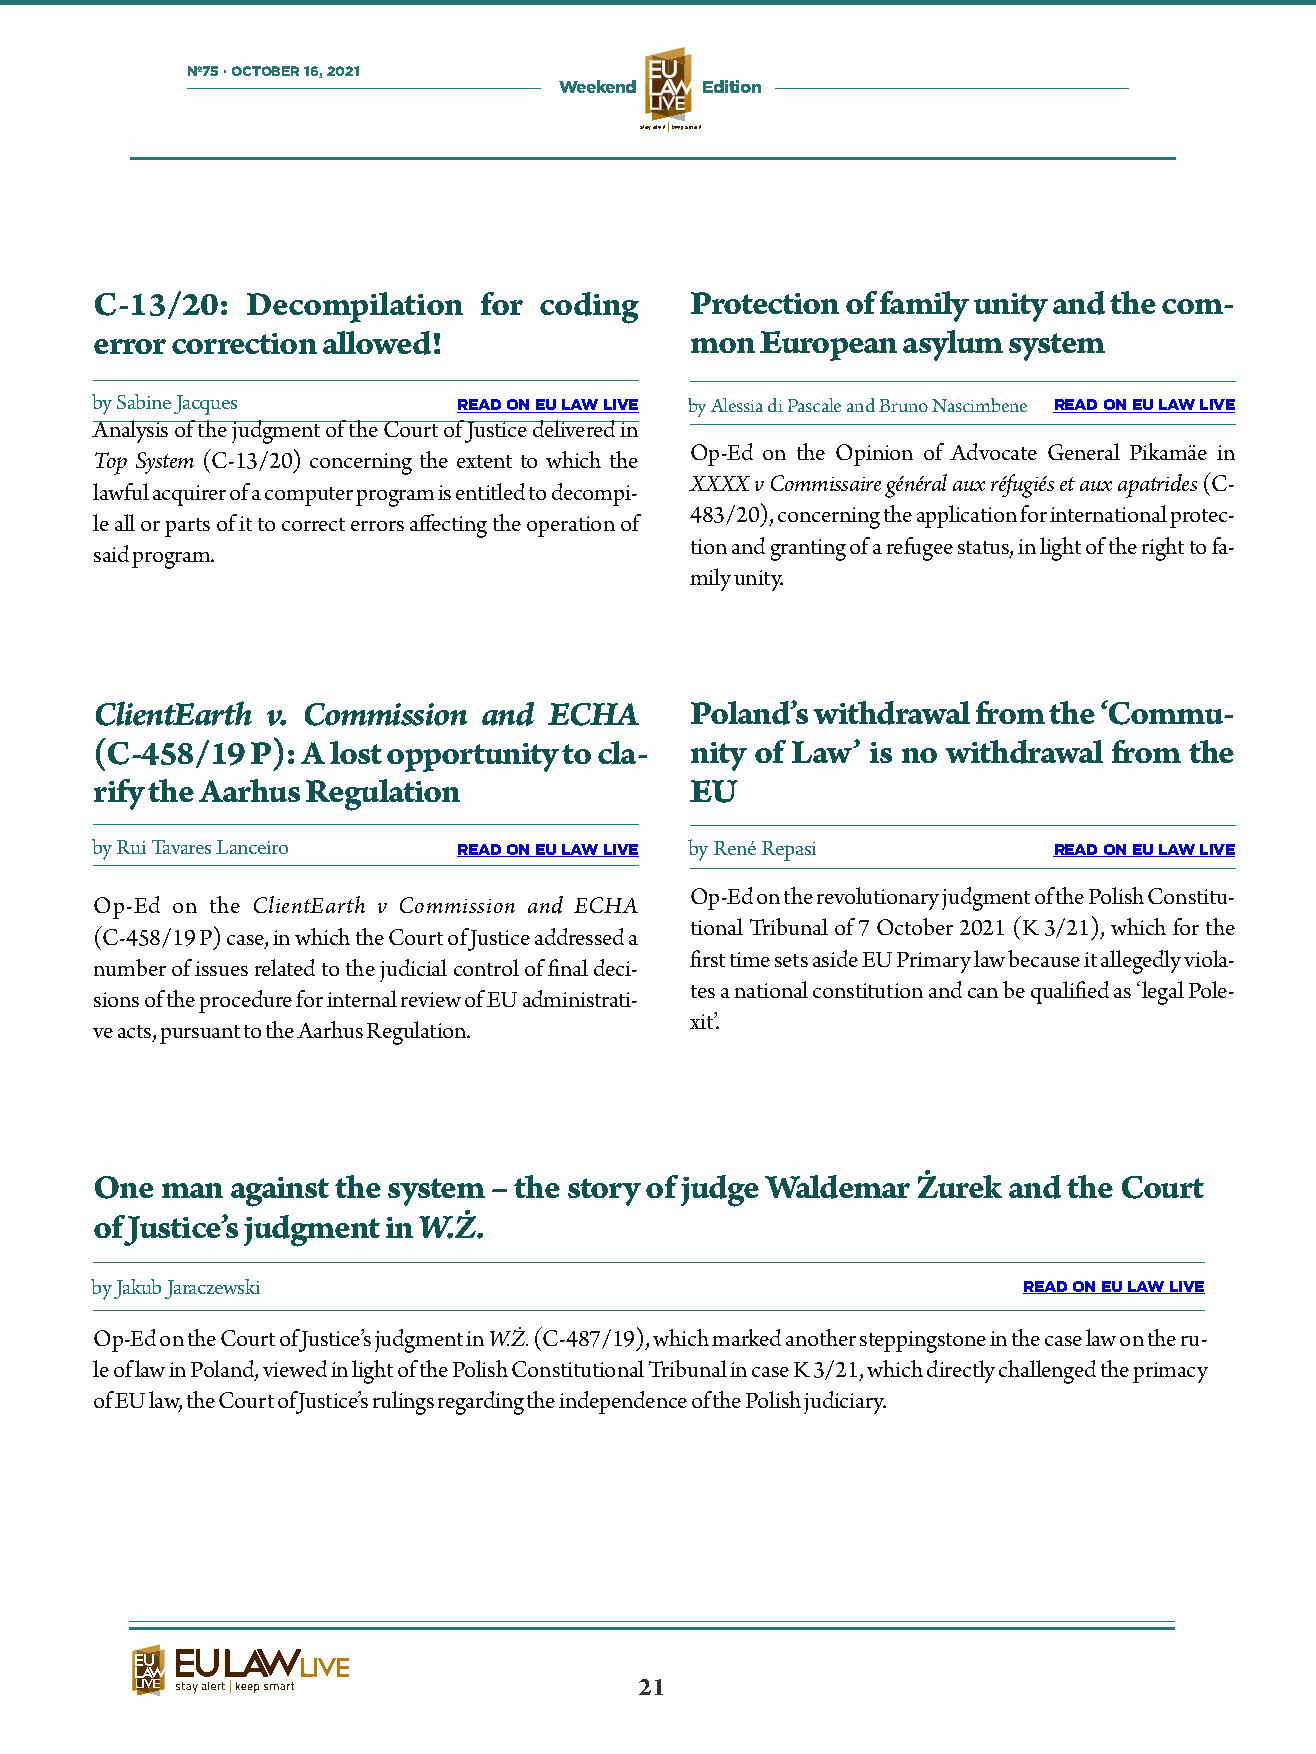
Nº75 · OCTOBER 16, 2021
 Weekend  Edition
 stay alertkeep smart
 C-13/20:  Decompilation   for coding    Protection of family unity and the com-
 error correction allowed!               mon European  asylum system
 by Sabine Jacques       READ ON EU LAW LIVE by Alessia di Pascale and Bruno Nascimbene READ ON EU LAW LIVE
 Analysis of the judgment of the Court of Justice delivered in
 Op-Ed on the Opinion of Advocate General Pikamäe in
 Top System (C-13/20) concerning the extent to which the
 XXXX v Commissaire général aux réfugiés et aux apatrides (C-
 lawful acquirer of a computer program is entitled to decompi-
 483/20), concerning the application for international protec-
 le all or parts of it to correct errors affecting the operation of
 tion and granting of a refugee status, in light of the right to fa-
 said program.
 mily unity.
 ClientEarth v. Commission and ECHA      Poland’s withdrawal from the ‘Commu-
 (C-458/19  P): A lost opportunity to cla- nity of Law’ is no withdrawal from the
 rify the Aarhus Regulation              EU
 by Rui Tavares Lanceiro READ ON EU LAW LIVE by René Repasi      READ ON EU LAW LIVE
 Op-Ed on the revolutionary judgment of the Polish Constitu-
 Op-Ed on the ClientEarth v Commission and ECHA
 tional Tribunal of 7 October 2021 (K 3/21), which for the
 (C-458/19 P) case, in which the Court of Justice addressed a
 rst time sets aside EU Primary law because it allegedly viola-
 number of issues related to the judicial control of nal deci-
 tes a national constitution and can be qualied as ‘legal Pole-
 sions of the procedure for internal review of EU administrati-
 xit’.
 ve acts, pursuant to the Aarhus Regulation.
 One  man against the system – the story of judge Waldemar Żurek and the Court
 of Justice’s judgment in W.Ż.
 by Jakub Jaraczewski                                          READ ON EU LAW LIVE
 Op-Ed on the Court of Justice’s judgment in W.Ż. (C-487/19), which marked another steppingstone in the case law on the ru-
 le of law in Poland, viewed in light of the Polish Constitutional Tribunal in case K 3/21, which directly challenged the primacy
 of EU law, the Court of Justice’s rulings regarding the independence of the Polish judiciary.
 21